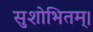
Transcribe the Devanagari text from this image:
सुशोभितम्।